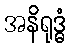
အနိရုဒ္ဓံ